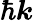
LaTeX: \hbar\boldsymbol{k}